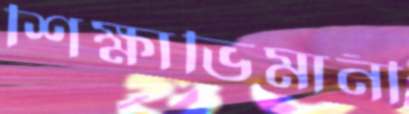
শিক্ষাভিমানী